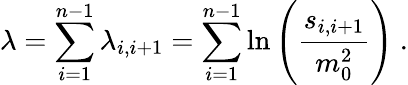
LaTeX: \lambda=\sum_{i=1}^{n-1}\lambda_{i,i+1}=\sum_{i=1}^{n-1}\ln\left(\frac{s_{i,i+1}}{m_{0}^{2}}\right)~.